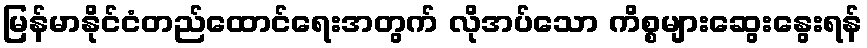
မြန်မာနိုင်ငံတည်ထောင်ရေးအတွက် လိုအပ်သော ကိစ္စများဆွေးနွေးရန်